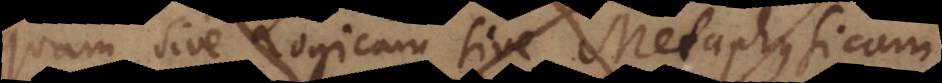
quam sive Logicam sive Metaphysicam